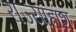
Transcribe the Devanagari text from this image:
राज्याहांश